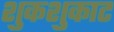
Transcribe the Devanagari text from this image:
शुकशुकाट